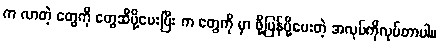
က လာတဲ့ တွေကို တွေဆီပို့ပေးပြီး က တွေကို မှာ ဖို့ပြန်ပို့ပေးတဲ့ အလုပ်ကိုလုပ်တာပါ။